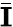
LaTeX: \bar{\mathbf{I}}